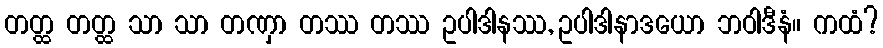
တတ္ထ တတ္ထ သာ သာ တဏှာ တဿ တဿ ဥပါဒါနဿ, ဥပါဒါနာဒယော ဘဝါဒီနံ။ ကထံ?